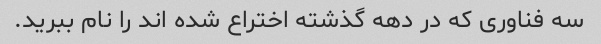
سه فناوری که در دهه گذشته اختراع شده اند را نام ببرید.